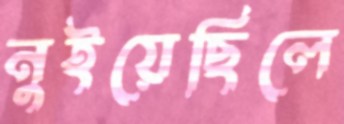
নুইয়েছিলে